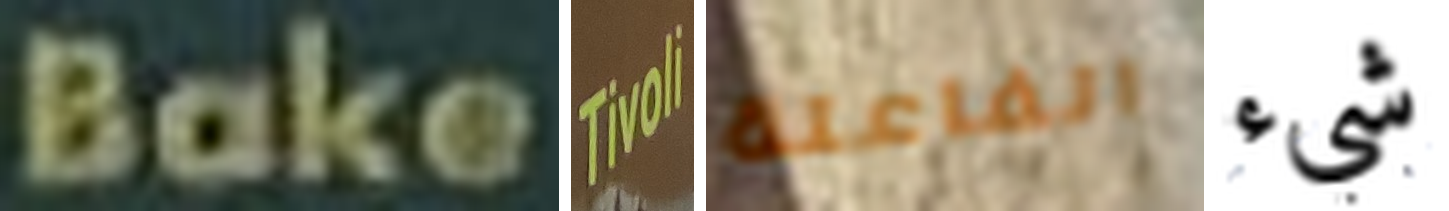
Bake Tivoli الفاعلة شيء